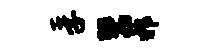
孚鬻邪